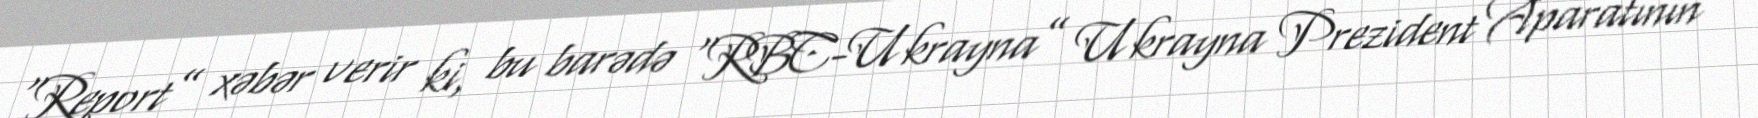
“Report” xəbər verir ki, bu barədə “RBC-Ukrayna” Ukrayna Prezident Aparatının